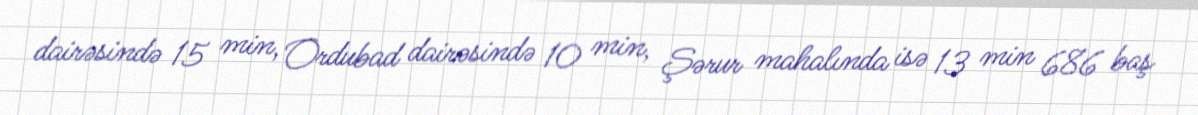
dairəsində 15 min, Ordubad dairəsində 10 min, Şərur mahalında isə 13 min 686 baş